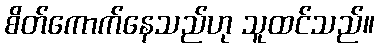
စိတ်ကောက်နေသည်ဟု သူထင်သည်။